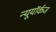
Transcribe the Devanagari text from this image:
न्यूयॉर्कज